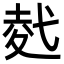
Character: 𭚢